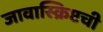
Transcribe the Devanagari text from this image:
जावास्क्रिप्टची